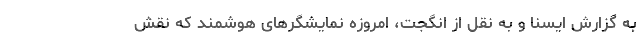
به گزارش ایسنا و به نقل از انگجت، امروزه نمایشگرهای هوشمند که نقش